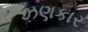
ઝણકાર